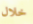
خلال